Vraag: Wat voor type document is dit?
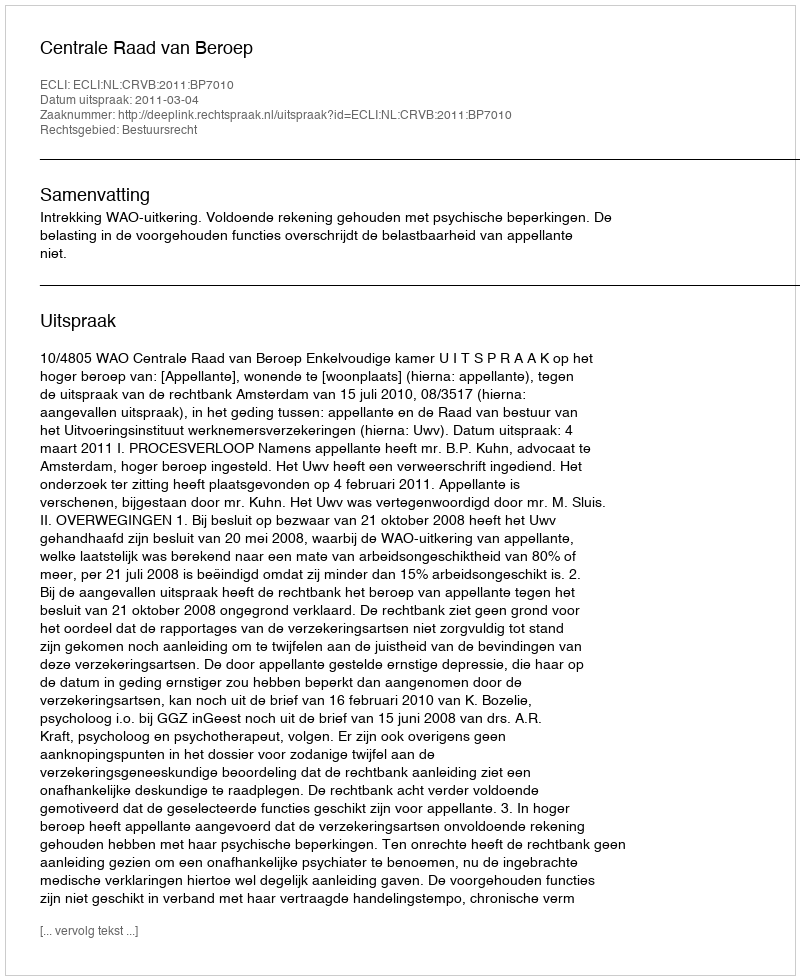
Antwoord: Uitspraak